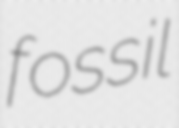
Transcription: fossil